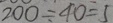
2 0 0 \div 4 0 = 5